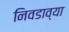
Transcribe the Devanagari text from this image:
निवडाव्या